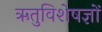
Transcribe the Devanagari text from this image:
ऋतुविशेषज्ञों